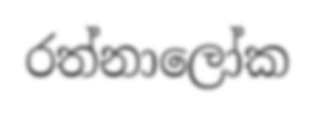
රත්නාලෝක